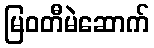
မြဝတီမဲဆောက်